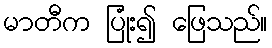
မာတီက ပြုံး၍ ဖြေသည်။